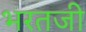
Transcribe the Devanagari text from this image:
भरतजी